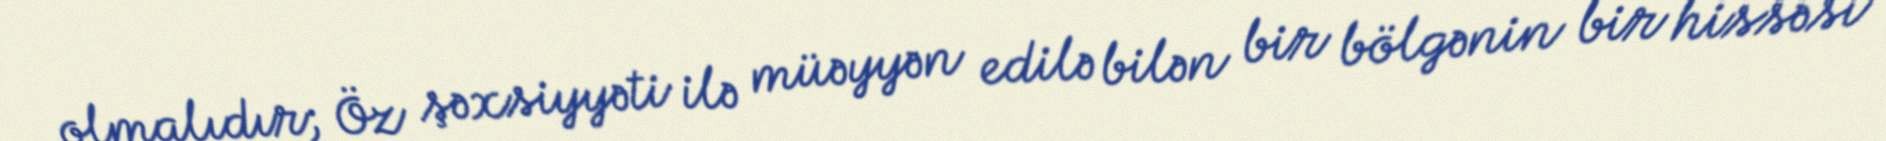
olmalıdır; Öz şəxsiyyəti ilə müəyyən edilə bilən bir bölgənin bir hissəsi